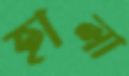
হালা